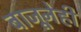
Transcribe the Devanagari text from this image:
बाजूनेही